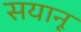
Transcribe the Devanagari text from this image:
सयानू